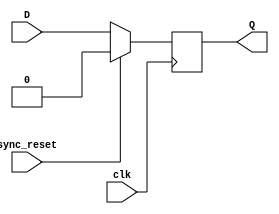
`timescale 1ns / 1ps
//////////////////////////////////////////////////////////////////////////////////
// Company: 
// Engineer: 
// 
// Design Name: 
// Module Name: DFF
// Project Name: 
// Target Devices: 
// Tool Versions: 
// Description: 
// 
// Dependencies: 
// 
// Revision:
// Revision 0.01 - File Created
// Additional Comments:
// 
//////////////////////////////////////////////////////////////////////////////////

module DFF(D,clk,sync_reset,Q);
input D; // Data input 
input clk; // clock input 
input sync_reset; // synchronous reset 
output reg Q; // output Q 
always @(posedge clk) 
begin
 if(sync_reset==1'b1)
  Q <= 1'b0; 
 else 
  Q <= D; 
end 
endmodule